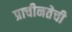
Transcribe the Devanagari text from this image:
प्राचीनतेची